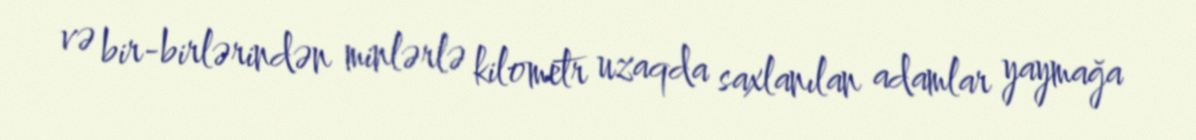
və bir-birlərindən minlərlə kilometr uzaqda saxlanılan adamlar yaymağa